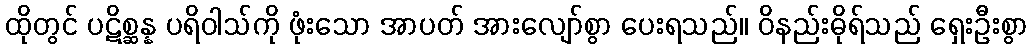
ထိုတွင် ပဋိစ္ဆန္န ပရိဝါသ်ကို ဖုံးသော အာပတ် အားလျော်စွာ ပေးရသည်။ ဝိနည်းဓိုရ်သည် ရှေးဦးစွာ